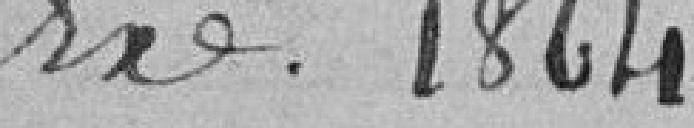
ex. 1864